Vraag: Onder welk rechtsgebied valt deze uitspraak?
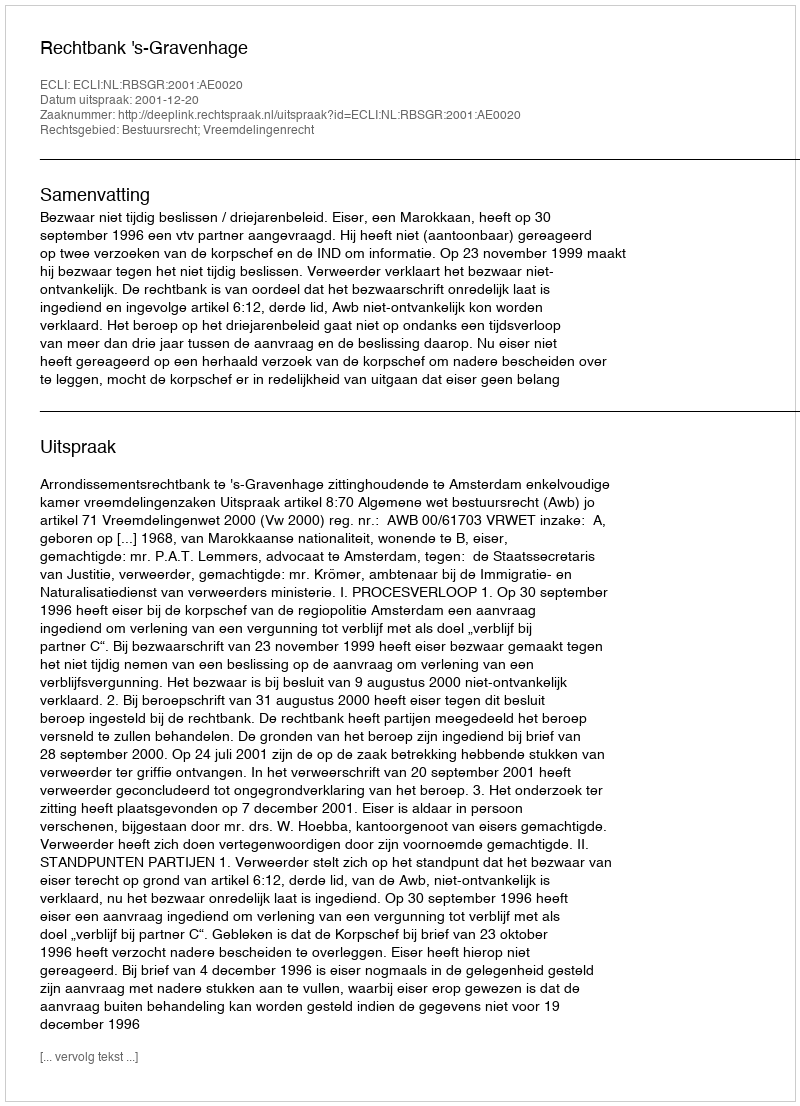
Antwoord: Bestuursrecht; Vreemdelingenrecht